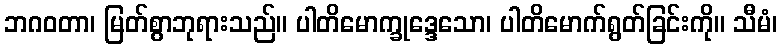
ဘဂဝတာ၊ မြတ်စွာဘုရားသည်။ ပါတိမောက္ခုဒ္ဒေသော၊ ပါတိမောက်ရွတ်ခြင်းကို။ သီမံ၊